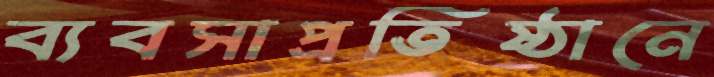
ব্যবসাপ্রতিষ্ঠানে